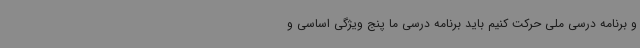
و برنامه درسی ملی حرکت کنیم باید برنامه درسی ما پنج ویژگی اساسی و